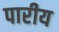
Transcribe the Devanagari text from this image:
पारीय